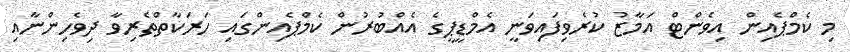
މި ކެމްޕެއިން އިވެންޓް އަމާޒު ކުރެވިފައިވަނީ އެމްޑީޕީގެ އެއްބުރުން ކެމްޕެއިންގައި ހަރަކާތްތެރިވާ ދިވެހިންނާއި